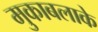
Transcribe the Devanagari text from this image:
मुकाबलाके